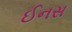
ઈનસ